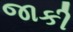
જાકી